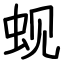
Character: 蚬